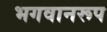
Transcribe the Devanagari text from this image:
भगवानरूप